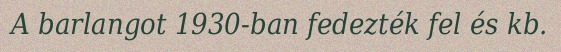
A barlangot 1930-ban fedezték fel és kb.